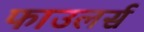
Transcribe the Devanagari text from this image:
फाउलर्स